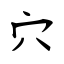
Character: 穴